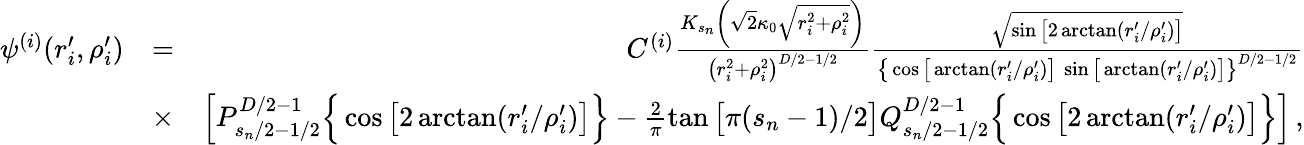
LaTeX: \begin{array}{rlr}{\psi^{(i)}(r_{i}^{\prime},\rho_{i}^{\prime})}&{=}&{C^{(i)}\frac{K_{s_{n}}\left(\sqrt{2}\kappa_{0}\sqrt{r_{i}^{2}+\rho_{i}^{2}}\right)}{\big(r_{i}^{2}+\rho_{i}^{2}\big)^{D/2-1/2}}\frac{\sqrt{\sin\big[2\arctan\left(r_{i}^{\prime}/\rho_{i}^{\prime}\right)\big]}}{\big\{ \cos\big[\arctan\left(r_{i}^{\prime}/\rho_{i}^{\prime}\right)\big]\ \sin\big[\arctan\left(r_{i}^{\prime}/\rho_{i}^{\prime}\right)\big]\big\} ^{D/2-1/2}}}\\ &{\times}&{\left[P_{s_{n}/2-1/2}^{D/2-1}\Big\{ \cos\big[2\arctan(r_{i}^{\prime}/\rho_{i}^{\prime})\big]\Big\} -\frac{2}{\pi}\tan\big[\pi(s_{n}-1)/2\big]Q_{s_{n}/2-1/2}^{D/2-1}\Big\{ \cos\big[2\arctan(r_{i}^{\prime}/\rho_{i}^{\prime})\big]\Big\} \right]\, ,}\end{array}